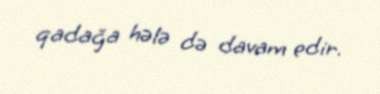
qadağa hələ də davam edir.